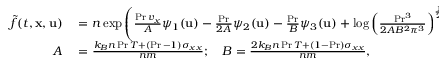
\begin{array} { r l } { \Tilde { f } ( t , \mathbf { x } , \mathbf { u } ) } & { { } = n \exp \left( \frac { \operatorname* { P r } v _ { x } } { A } \psi _ { 1 } ( \mathbf { u } ) - \frac { \operatorname* { P r } } { 2 A } \psi _ { 2 } ( \mathbf { u } ) - \frac { \operatorname* { P r } } { B } \psi _ { 3 } ( \mathbf { u } ) + \log \left( \frac { \operatorname* { P r } ^ { 3 } } { 2 A B ^ { 2 } \pi ^ { 3 } } \right) ^ { \frac { 1 } { 2 } } - \frac { \operatorname* { P r } v _ { x } ^ { 2 } } { 2 A } \right) } \\ { A } & { { } = \frac { k _ { B } n \operatorname* { P r } T + ( \operatorname* { P r } - 1 ) \sigma _ { x x } } { n m } ; \quad B = \frac { 2 k _ { B } n \operatorname* { P r } T + ( 1 - \operatorname* { P r } ) \sigma _ { x x } } { n m } , } \end{array}